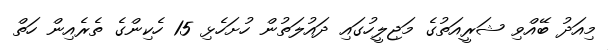
މިއަދު ބޭއްވި ޝަރީއަތުގެ މަޖިލީހުގައި ދައުލަތުން ހުށަހެޅި 15 ހެކިންގެ ތެރެއިން ހަތް